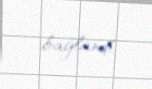
bağlandı.